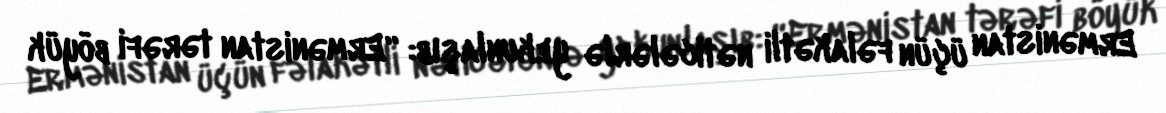
Ermənistan üçün fəlakətli nəticələrlə yekunlaşıb: “Ermənistan tərəfi böyük